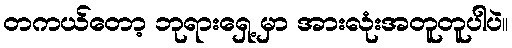
တကယ်တော့ ဘုရားရှေ့ မှာ အားလုံးအတူတူပါပဲ။